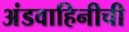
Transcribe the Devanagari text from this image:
अंडवाहिनीची